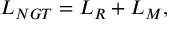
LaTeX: { \cal L } _ { N G T } = { \cal L } _ { R } + { \cal L } _ { M } ,